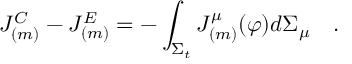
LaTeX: { \cal J } _ { ( m ) } ^ { C } - { \cal J } _ { ( m ) } ^ { E } = - \int _ { \Sigma _ { t } } J _ { ( m ) } ^ { \mu } ( \varphi ) d \Sigma _ { \mu } ~ ~ ~ .